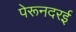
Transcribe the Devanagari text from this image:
पेरूनदरई